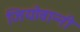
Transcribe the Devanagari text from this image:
जियोवान्नी